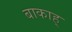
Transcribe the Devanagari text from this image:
बाकाह्